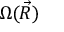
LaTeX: \Omega ( { \vec { R } } )